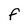
Character: F